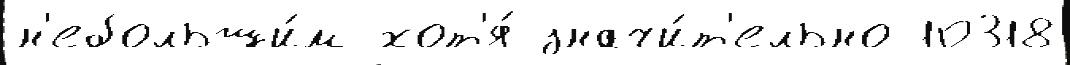
н'ебольши́м хот'я́ значи́т'ельно 10318